Annual administration report of the Civil Veterinary Department of India - 1896-1897
Year: 1896
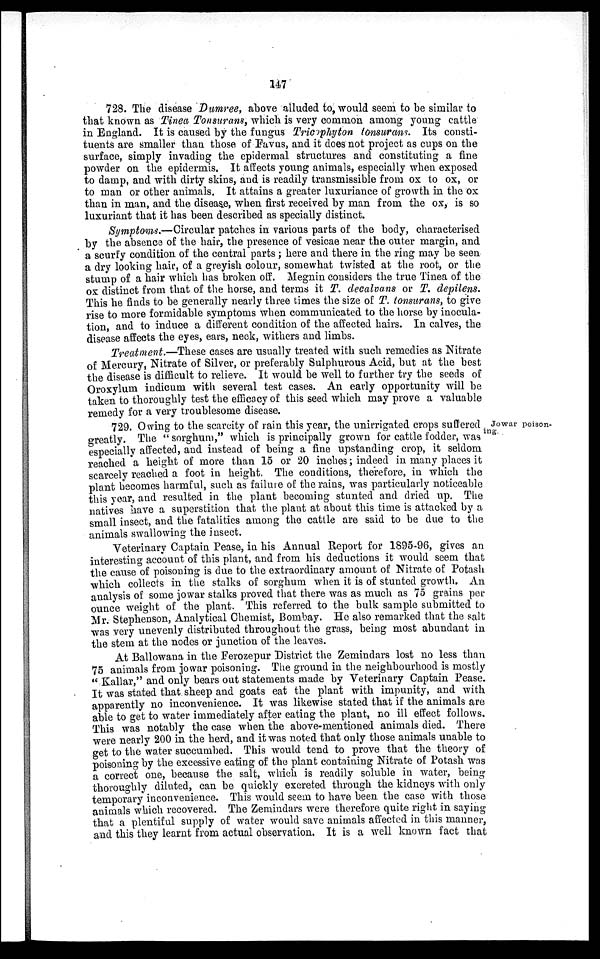
147
728. The disease Dumree, above alluded to, would seem to be similar to
that known as Tinea Tonsurans, which is very common among young cattle
in England. It is caused by the fungus Tricophyton tonsurans. Its consti-
tuents are smaller than those of Favus, and it does not project as cups on the
surface, simply invading the epidermal structures and constituting a fine
powder on the epidermis. It affects young animals, especially when exposed
to damp, and with dirty skins, and is readily transmissible from ox to ox, or
to man or other animals. It attains a greater luxuriance of growth in the ox
than in man, and the disease, when first received by man from the ox, is so
luxuriant that it has been described as specially distinct.
Symptoms.—Circular patches in various parts of the body, characterised
by the absence of the hair, the presence of vesicae near the outer margin, and
a scurfy condition of the central parts; here and there in the ring may be seen
a dry looking hair, of a greyish colour, somewhat twisted at the root, or the
stump of a hair which has broken off. Megnin considers the true Tinea of the
ox distinct from that of the horse, and terms it T. decalvans or T. depilens.
This he finds to be generally nearly three times the size of T. tonsurans, to give
rise to more formidable symptoms when communicated to the horse by inocula-
tion, and to induce a different condition of the affected hairs. In calves, the
disease affects the eyes, ears, neck, withers and limbs.
Treatment.—These cases are usually treated with such remedies as Nitrate
of Mercury, Nitrate of Silver, or preferably Sulphurous Acid, but at the best
the disease is difficult to relieve. It would be well to further try the seeds of
Oroxylum indicum with several test cases. An early opportunity will be
taken to thoroughly test the efficacy of this seed which may prove a valuable
remedy for a very troublesome disease.
Jowar poison-
ing.
729. Owing to the scarcity of rain this year, the unirrigated crops suffered
greatly. The "sorghum," which is principally grown for cattle fodder, was
especially affected, and instead of being a fine upstanding crop, it seldom
reached a height of more than 15 or 20 inches; indeed in many places it
scarcely reached a foot in height. The conditions, therefore, in which the
plant becomes harmful, such as failure of the rains, was particularly noticeable
this year, and resulted in the plant becoming stunted and dried up. The
natives have a superstition that the plant at about this time is attacked by a
small insect, and the fatalities among the cattle are said to be due to the
animals swallowing the insect.
Veterinary Captain Pease, in his Annual Report for 1895-96, gives an
interesting account of this plant, and from his deductions it would seem that
the cause of poisoning is due to the extraordinary amount of Nitrate of Potash
which collects in the stalks of sorghum when it is of stunted growth. An
analysis of some jowar stalks proved that there was as much as 75 grains per
ounce weight of the plant. This referred to the bulk sample submitted to
Mr. Stephenson, Analytical Chemist, Bombay. He also remarked that the salt
was very unevenly distributed throughout the grass, being most abundant in
the stem at the nodes or junction of the leaves.
At Ballowana in the Ferozepur District the Zemindars lost no less than
75 animals from jowar poisoning. The ground in the neighbourhood is mostly
"Kallar," and only bears out statements made by Veterinary Captain Pease.
It was stated that sheep and goats eat the plant with impunity, and with
apparently no inconvenience. It was likewise stated that if the animals are
able to get to water immediately after eating the plant, no ill effect follows.
This was notably the case when the above-mentioned animals died. There
were nearly 200 in the herd, and it was noted that only those animals unable to
get to the water succumbed. This would tend to prove that the theory of
poisoning by the excessive eating of the plant containing Nitrate of Potash was
a correct one, because the salt, which is readily soluble in water, being
thoroughly diluted, can be quickly excreted through the kidneys with only
temporary inconvenience. This would seem to have been the case with those
animals which recovered. The Zemindars were therefore quite right in saying
that a plentiful supply of water would save animals affected in this manner,
and this they learnt from actual observation. It is a well known fact that